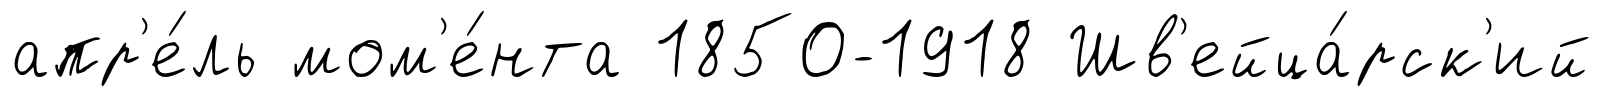
апр'е́ль мом'е́нта 1850-1918 Шв'ейца́рск'ий